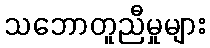
သဘောတူညီမှုများ